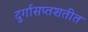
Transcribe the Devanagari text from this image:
दुर्गासप्तशतीत